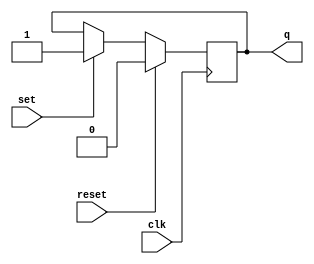
module dff(input clk, input reset, input set, output reg q);
	initial
	begin
		q = 1'b0;
	end
	always @ (negedge clk)
	begin
		if (reset == 1'b1)
		begin
			q = 1'b0;
		end
		else if (set == 1'b1)
		begin
			q = 1'b1;
		end
	end
endmodule

module decoder3to8(input [2:0] select, output reg [7:0] decOut);
	always @ (select)
	begin
		case (select)
			3'b000: decOut = 8'b00000001;
			3'b001: decOut = 8'b00000010;
			3'b010: decOut = 8'b00000100;
			3'b011: decOut = 8'b00001000;
			3'b100: decOut = 8'b00010000;
			3'b101: decOut = 8'b00100000;
			3'b110: decOut = 8'b01000000;
			3'b111: decOut = 8'b10000000;
		endcase
	end
endmodule

module mux2to1(input [2:0] in0, input [2:0] in1, input select, output reg [2:0] muxOut);
	always @ (in0, in1, select)
	begin
		case (select)
			1'b0: muxOut = in0;
			1'b1: muxOut = in1;
		endcase
	end
endmodule

module nxn_dffs(input clk, input reset, input [7:0] decOut, output [7:0] nxn_dffOut);
	//   
	wire w0,w1,w2,w3,w4,w5,w6,w7;
	assign w0 = reset | decOut[0];
	assign w1 = reset | decOut[1];
	assign w2 = reset | decOut[2];
	assign w3 = reset | decOut[3];
	assign w4 = reset | decOut[4];
	assign w5 = reset | decOut[5];
	assign w6 = reset | decOut[6];
	assign w7 = reset | decOut[7];
	wire q00, q01, q02, q03, q04, q05, q06, q07;
	wire q10, q11, q12, q13, q14, q15, q16, q17;
	wire q20, q21, q22, q23, q24, q25, q26, q27;
	wire q30, q31, q32, q33, q34, q35, q36, q37;
	wire q40, q41, q42, q43, q44, q45, q46, q47;
	wire q50, q51, q52, q53, q54, q55, q56, q57;
	wire q60, q61, q62, q63, q64, q65, q66, q67;
	wire q70, q71, q72, q73, q74, q75, q76, q77;
	
	
	dff dff00(.clk(clk), .reset(w0), .set(decOut[0]), .q(q00));
	dff dff01(.clk(clk), .reset(w1), .set(decOut[0]), .q(q01));
	dff dff02(.clk(clk), .reset(w2), .set(decOut[0]), .q(q02));
	dff dff03(.clk(clk), .reset(w3), .set(decOut[0]), .q(q03));
	dff dff04(.clk(clk), .reset(w4), .set(decOut[0]), .q(q04));
	dff dff05(.clk(clk), .reset(w5), .set(decOut[0]), .q(q05));
	dff dff06(.clk(clk), .reset(w6), .set(decOut[0]), .q(q06));
	dff dff07(.clk(clk), .reset(w7), .set(decOut[0]), .q(q07));
	
	dff dff10(.clk(clk), .reset(w0), .set(decOut[1]), .q(q10));
	dff dff11(.clk(clk), .reset(w1), .set(decOut[1]), .q(q11));
	dff dff12(.clk(clk), .reset(w2), .set(decOut[1]), .q(q12));
	dff dff13(.clk(clk), .reset(w3), .set(decOut[1]), .q(q13));
	dff dff14(.clk(clk), .reset(w4), .set(decOut[1]), .q(q14));
	dff dff15(.clk(clk), .reset(w5), .set(decOut[1]), .q(q15));
	dff dff16(.clk(clk), .reset(w6), .set(decOut[1]), .q(q16));
	dff dff17(.clk(clk), .reset(w7), .set(decOut[1]), .q(q17));
	
	dff dff20(.clk(clk), .reset(w0), .set(decOut[2]), .q(q20));
	dff dff21(.clk(clk), .reset(w1), .set(decOut[2]), .q(q21));
	dff dff22(.clk(clk), .reset(w2), .set(decOut[2]), .q(q22));
	dff dff23(.clk(clk), .reset(w3), .set(decOut[2]), .q(q23));
	dff dff24(.clk(clk), .reset(w4), .set(decOut[2]), .q(q24));
	dff dff25(.clk(clk), .reset(w5), .set(decOut[2]), .q(q25));
	dff dff26(.clk(clk), .reset(w6), .set(decOut[2]), .q(q26));
	dff dff27(.clk(clk), .reset(w7), .set(decOut[2]), .q(q27));
	
	dff dff30(.clk(clk), .reset(w0), .set(decOut[3]), .q(q30));
	dff dff31(.clk(clk), .reset(w1), .set(decOut[3]), .q(q31));
	dff dff32(.clk(clk), .reset(w2), .set(decOut[3]), .q(q32));
	dff dff33(.clk(clk), .reset(w3), .set(decOut[3]), .q(q33));
	dff dff34(.clk(clk), .reset(w4), .set(decOut[3]), .q(q34));
	dff dff35(.clk(clk), .reset(w5), .set(decOut[3]), .q(q35));
	dff dff36(.clk(clk), .reset(w6), .set(decOut[3]), .q(q36));
	dff dff37(.clk(clk), .reset(w7), .set(decOut[3]), .q(q37));
	
	dff dff40(.clk(clk), .reset(w0), .set(decOut[4]), .q(q40));
	dff dff41(.clk(clk), .reset(w1), .set(decOut[4]), .q(q41));
	dff dff42(.clk(clk), .reset(w2), .set(decOut[4]), .q(q42));
	dff dff43(.clk(clk), .reset(w3), .set(decOut[4]), .q(q43));
	dff dff44(.clk(clk), .reset(w4), .set(decOut[4]), .q(q44));
	dff dff45(.clk(clk), .reset(w5), .set(decOut[4]), .q(q45));
	dff dff46(.clk(clk), .reset(w6), .set(decOut[4]), .q(q46));
	dff dff47(.clk(clk), .reset(w7), .set(decOut[4]), .q(q47));
	
	dff dff50(.clk(clk), .reset(w0), .set(decOut[5]), .q(q50));
	dff dff51(.clk(clk), .reset(w1), .set(decOut[5]), .q(q51));
	dff dff52(.clk(clk), .reset(w2), .set(decOut[5]), .q(q52));
	dff dff53(.clk(clk), .reset(w3), .set(decOut[5]), .q(q53));
	dff dff54(.clk(clk), .reset(w4), .set(decOut[5]), .q(q54));
	dff dff55(.clk(clk), .reset(w5), .set(decOut[5]), .q(q55));
	dff dff56(.clk(clk), .reset(w6), .set(decOut[5]), .q(q56));
	dff dff57(.clk(clk), .reset(w7), .set(decOut[5]), .q(q57));
	
	dff dff60(.clk(clk), .reset(w0), .set(decOut[6]), .q(q60));
	dff dff61(.clk(clk), .reset(w1), .set(decOut[6]), .q(q61));
	dff dff62(.clk(clk), .reset(w2), .set(decOut[6]), .q(q62));
	dff dff63(.clk(clk), .reset(w3), .set(decOut[6]), .q(q63));
	dff dff64(.clk(clk), .reset(w4), .set(decOut[6]), .q(q64));
	dff dff65(.clk(clk), .reset(w5), .set(decOut[6]), .q(q65));
	dff dff66(.clk(clk), .reset(w6), .set(decOut[6]), .q(q66));
	dff dff67(.clk(clk), .reset(w7), .set(decOut[6]), .q(q67));
	
	dff dff70(.clk(clk), .reset(w0), .set(decOut[7]), .q(q70));
	dff dff71(.clk(clk), .reset(w1), .set(decOut[7]), .q(q71));
	dff dff72(.clk(clk), .reset(w2), .set(decOut[7]), .q(q72));
	dff dff73(.clk(clk), .reset(w3), .set(decOut[7]), .q(q73));
	dff dff74(.clk(clk), .reset(w4), .set(decOut[7]), .q(q74));
	dff dff75(.clk(clk), .reset(w5), .set(decOut[7]), .q(q75));
	dff dff76(.clk(clk), .reset(w6), .set(decOut[7]), .q(q76));
	dff dff77(.clk(clk), .reset(w7), .set(decOut[7]), .q(q77));
	
	assign nxn_dffOut[0] = q00 | q01 | q02 | q03 | q04 | q05 | q06 | q07;
	assign nxn_dffOut[1] = q10 | q11 | q12 | q13 | q14 | q15 | q16 | q17;
	assign nxn_dffOut[2] = q20 | q21 | q22 | q23 | q24 | q25 | q26 | q27;
	assign nxn_dffOut[3] = q30 | q31 | q32 | q33 | q34 | q35 | q36 | q37;
	assign nxn_dffOut[4] = q40 | q41 | q42 | q43 | q44 | q45 | q46 | q47;
	assign nxn_dffOut[5] = q50 | q51 | q52 | q53 | q54 | q55 | q56 | q57;
	assign nxn_dffOut[6] = q60 | q61 | q62 | q63 | q64 | q65 | q66 | q67;
	assign nxn_dffOut[7] = q70 | q71 | q72 | q73 | q74 | q75 | q76 | q77;
	
endmodule

module priority_encoder(input reset, input [7:0] in, output reg [2:0] lruWay);
	//   
	always @(reset, in)
	begin
		if(reset == 1)
			lruWay = 3'd0;
		else
		begin
			/*if(in[7] == 0)
				lruWay = 3'd7;
			else if(in[6] == 0)
				lruWay = 3'd6;
			else if(in[5] == 0)
				lruWay = 3'd;*/
			casex(in)
			8'bxxxxxxx0: lruWay = 3'd0;
			8'bxxxxxx0x: lruWay = 3'd1;
			8'bxxxxx0xx: lruWay = 3'd2;
			8'bxxxx0xxx: lruWay = 3'd3;
			8'bxxx0xxxx: lruWay = 3'd4;
			8'bxx0xxxxx: lruWay = 3'd5;
			8'bx0xxxxxx: lruWay = 3'd6;
			8'b0xxxxxxx: lruWay = 3'd7;
			endcase
		end
	end
endmodule

module lru(input clk, input reset, input hit, input [2:0] lineIndex, output [2:0] lruWay);
	//   
	
	wire [2:0] PEOut;
	wire [2:0] statusMuxOut;
	wire [7:0] PEIn;
	//mux
	mux2to1 statusMux(.in0(lruWay), .in1(lineIndex), .select(hit), .muxOut(statusMuxOut));

	
	//decoder
	wire [7:0] lineDecoderOut;
	decoder3to8 lineDecoder(.select(statusMuxOut), .decOut(lineDecoderOut));

	
	//nxn
	nxn_dffs LRUMatrix(.clk(clk), .reset(reset), .decOut(lineDecoderOut), .nxn_dffOut(PEIn));
	//pe
	priority_encoder PE(.reset(reset), .in(PEIn), .lruWay(lruWay));
	
endmodule

module testbench;
	reg clk;
	reg reset;
	reg hit;
	reg [2:0] lineIndex;
	wire [2:0] lruWay;
	lru lruTest (clk, reset, hit, lineIndex, lruWay);

	always
		#5 clk=~clk;
	initial
	begin
		clk = 0;
		reset = 1;
		hit = 0;
		lineIndex = 0;	
		
		#8 hit=1;
		#2 reset=0; lineIndex=3'd0;
		#10 lineIndex=3'd1;
		#10 lineIndex=3'd2;
		#10 lineIndex=3'd3;
		#10 lineIndex=3'd5;
		#10 lineIndex=3'd7;
		#10 lineIndex=3'd6;
		#10 lineIndex=3'd4;
		#10 hit=0; lineIndex=3'd1;
		#10 lineIndex=3'd0;
		#10 hit=1; lineIndex=3'd3;
		#10 hit=0; lineIndex=3'd2;
		#10 lineIndex=3'd4;
		#10 lineIndex=3'd7;
		#10 hit=1; lineIndex=3'd1;
		#10 lineIndex=3'd3;
		#10 lineIndex=3'd6;
		#10 hit=0; lineIndex=3'd2;
		#10 lineIndex=3'd5;
		#10 hit=1; lineIndex=3'd0;
		#10 hit=0; lineIndex=3'd2;
		#10 lineIndex=3'd4;
		#10 $finish;
	end
endmodule